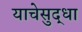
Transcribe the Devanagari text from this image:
याचेसुद्धा